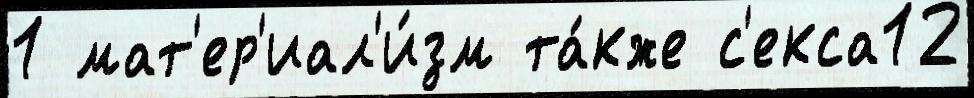
1 мат'ер'иал'и́зм та́кже с'екса12